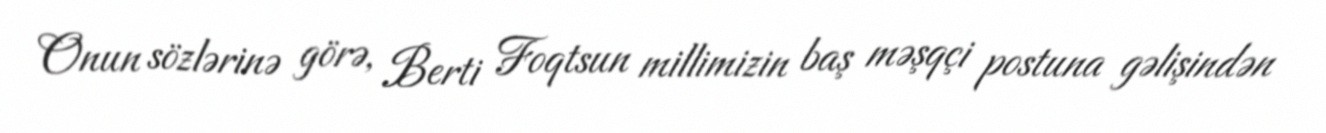
Onun sözlərinə görə, Berti Foqtsun millimizin baş məşqçi postuna gəlişindən